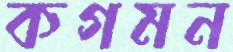
কগমন